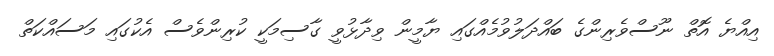
އިއްޔެ އޮތް ނޫސްވެރިންގެ ބައްދަލުވުމެއްގައި ޔާމީން ވިދާޅުވީ ގާސިމަކީ ކުރިންވެސް އެކުގައި މަސައްކަތް